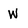
Character: w